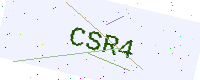
Text: CSR4